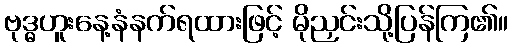
ဗုဒ္ဓဟူးနေ့နံနက်ရထားဖြင့် မိုညှင်းသို့ပြန်ကြ၏။